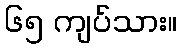
၆၅ ကျပ်သား။